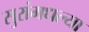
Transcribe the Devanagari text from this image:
सुरांमधल्या